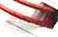
ثملت